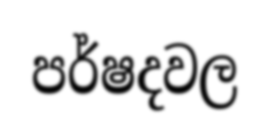
පර්ෂදවල